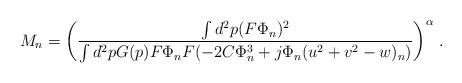
LaTeX: \begin{align*}M_{n}=\left({\frac {\int d^{2}p (F\Phi_{n})^{2}} {\int d^{2}p G(p)F\Phi_{n}F(-2C\Phi_{n}^{3}+j\Phi_{n}(u^{2}+v^{2}-w)_{n})}}\right)^{\alpha}\,.\end{align*}